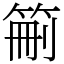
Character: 䈀